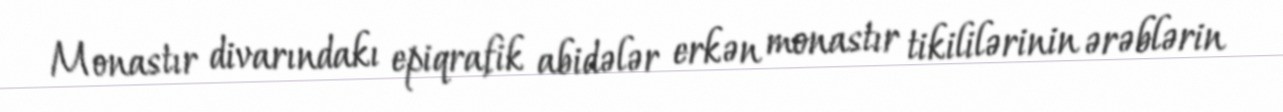
Monastır divarındakı epiqrafik abidələr erkən monastır tikililərinin ərəblərin